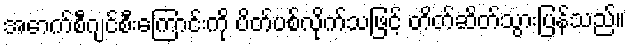
အောက်စီဂျင်စီးကြောင်းကို ပိတ်ပစ်လိုက်သဖြင့် တိတ်ဆိတ်သွားပြန်သည်။